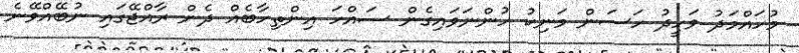
މުހައްމަދު ވަހީދު ހަސަން މަނިކު ހުންނަވައިގެން ސައްހަ އިންތިހާބެއް ދެން ރާއްޖޭގައި ނުބޭއްވޭނެ